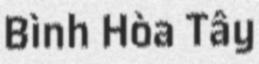
Bình Hòa Tây